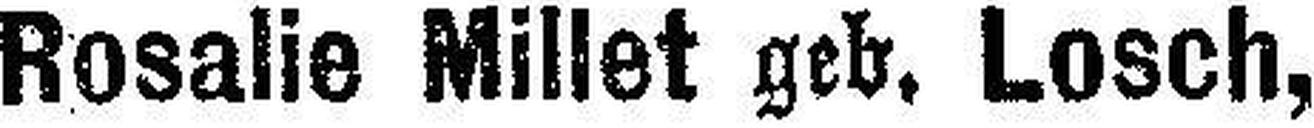
Rosalie Millet geb. Losch,